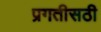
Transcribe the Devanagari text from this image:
प्रगतीसठी